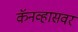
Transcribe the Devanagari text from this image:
कॅनव्हासवर